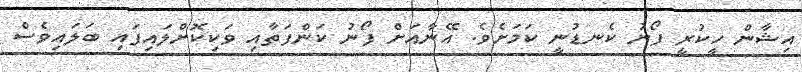
އިޝާން ހީކުރީ ފޯނު ކެނޑުނީ ކަމަށެވެ. އޭނާއަށް ފޯނު ކަންފަތާއި ވަކިކޮށްލައިފައި ބަލައިވެސް